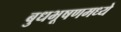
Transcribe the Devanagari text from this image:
बुधभूषणमध्ये